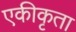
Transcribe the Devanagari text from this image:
एकीकृता